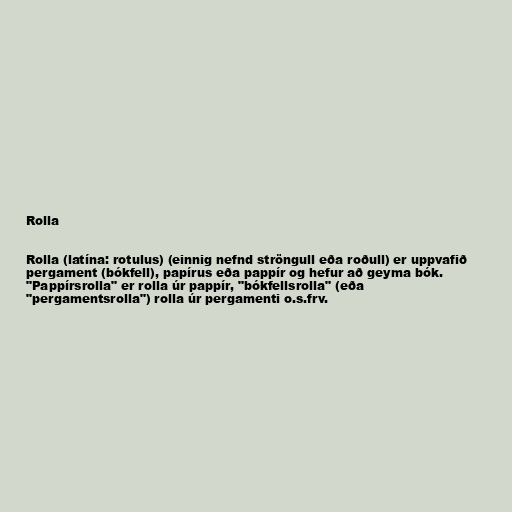
Rolla

Rolla (latína: rotulus) (einnig nefnd ströngull eða roðull) er uppvafið
pergament (bókfell), papírus eða pappír og hefur að geyma bók.
"Pappírsrolla" er rolla úr pappír, "bókfellsrolla" (eða
"pergamentsrolla") rolla úr pergamenti o.s.frv.